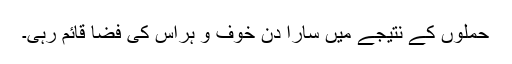
حملوں کے نتیجے میں سارا دن خوف و ہراس کی فضا قائم رہی۔